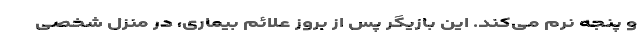
و پنجه نرم می‌کند. این بازیگر پس از بروز علائم بیماری، در منزل شخصی